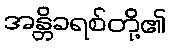
အန္တိခရစ်တို့၏